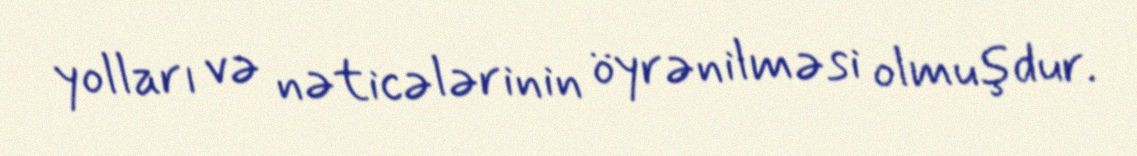
yolları və nəticələrinin öyrənilməsi olmuşdur.